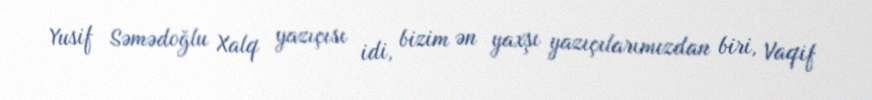
Yusif Səmədoğlu Xalq yazıçısı idi, bizim ən yaxşı yazıçılarımızdan biri, Vaqif